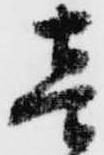
壱